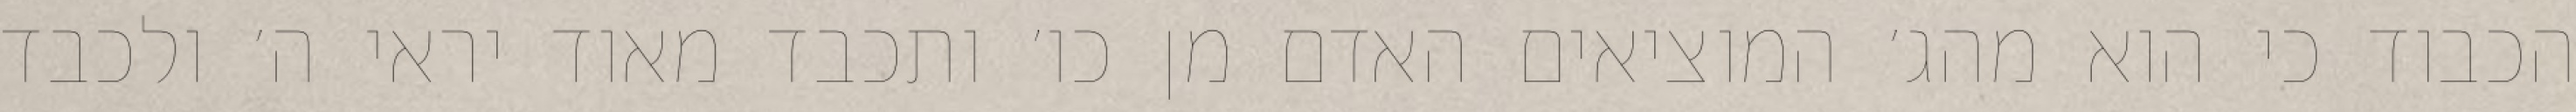
הכבוד כי הוא מהג׳ המוציאים האדם מן כו׳ ותכבד מאוד יראי ה׳ ולכבד